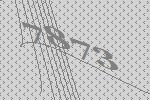
7873